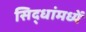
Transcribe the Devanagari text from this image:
सिद्धांमध्यें